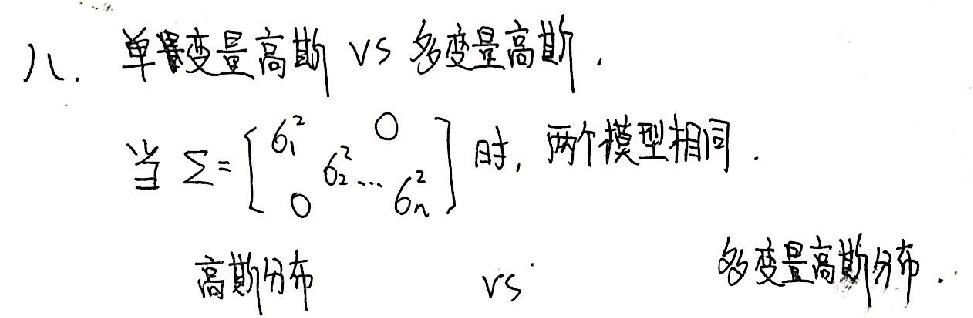
1. 单变量高斯 vs 多变量高斯.
当 $\Sigma = \begin{bmatrix} \sigma_1^2 & & 0 \\ & \sigma_2^2 & \\ 0 & & \ddots & \\ & & & \sigma_n^2 \end{bmatrix}$ 时, 两个模型相同.
高斯分布 vs 多变量高斯分布.